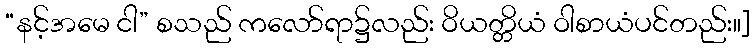
“နင့်အမေ ငါ” စသည် ကလော်ရာ၌လည်း ဝိယတ္တိယံ ဝါစာယံပင်တည်း။]